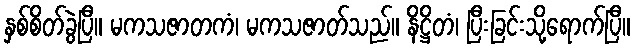
နှစ်စိတ်ခွဲပြီ။ မကသဇာတကံ၊ မကသဇာတ်သည်။ နိဋ္ဌိတံ၊ ပြီးခြင်းသို့ရောက်ပြီ။